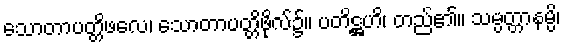
သောတာပတ္တိဖလေ၊ သောတာပတ္တိဖိုလ်၌။ ပတိဋ္ဌဟိ၊ တည်၏။ သမ္ပတ္တာနမ္ပိ၊